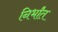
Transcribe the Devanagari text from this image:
निर्भांत